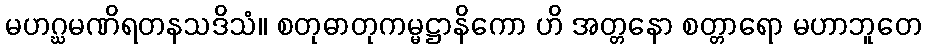
မဟဂ္ဃမဏိရတနသဒိသံ။ စတုဓာတုကမ္မဋ္ဌာနိကော ဟိ အတ္တနော စတ္တာရော မဟာဘူတေ